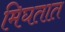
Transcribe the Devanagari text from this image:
मिघतात